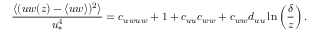
\frac { \langle ( u w ( z ) - \langle u w \rangle ) ^ { 2 } \rangle } { u _ { \ast } ^ { 4 } } = c _ { u w u w } + 1 + c _ { u u } c _ { w w } + c _ { w w } d _ { u u } \ln \left( \frac { \delta } { z } \right) .